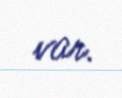
var.